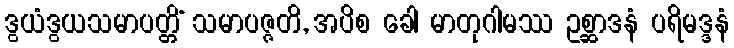
ဒွယံဒွယသမာပတ္တိံ သမာပဇ္ဇတိ, အပိစ ခေါ မာတုဂါမဿ ဥစ္ဆာဒနံ ပရိမဒ္ဒနံ